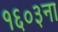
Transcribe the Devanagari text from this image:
१६०३ना